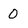
Character: 0